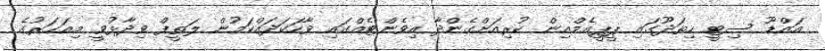
އައްޑޫ ސިޓީ ހިތަދޫގައި ޕީޕީއެމްއިން ކުރިއަށްގެންދާ އިވެންޓެއްގައި ވާހަކަދައްކަމުން ލަތީފް ވިދާޅުވީ މިއަހަރުގެ